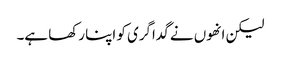
لیکن انھوں نے گداگری کو اپنا رکھا ہے۔